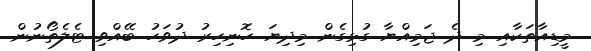
މީޑިއާތަކާއި މި ދެ ޖަމިއްޔާ ގުޅިގެން މިދިޔަ ހޮނިހިރު ދުވަހު ބޭއްވި ޓެލެތޯނުން